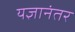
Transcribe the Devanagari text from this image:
यज्ञानंतर